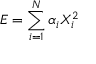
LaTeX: E = \sum _ { i = 1 } ^ { N } \alpha _ { i } X _ { i } ^ { 2 }